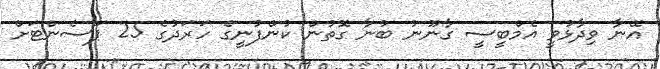
އޭނާ ވިދާޅުވީ އެމްބީސީ ގާނޫނު ބުނާ ގޮތުން ކުންފުނީގެ ހަރަދުގެ 25 ޕަސެންޓަށް